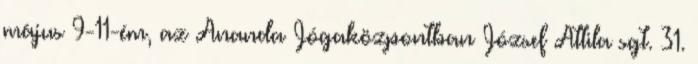
május 9-11-ém, az Ananda Jógaközpontban József Attila sgt. 31.